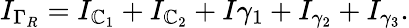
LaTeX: I_{\Gamma_{R}}=I_{\mathbb{C}_{1}}+I_{\mathbb{C}_{2}}+I{\gamma_{1}}+I_{\gamma_{2}}+I_{\gamma_{3}}.